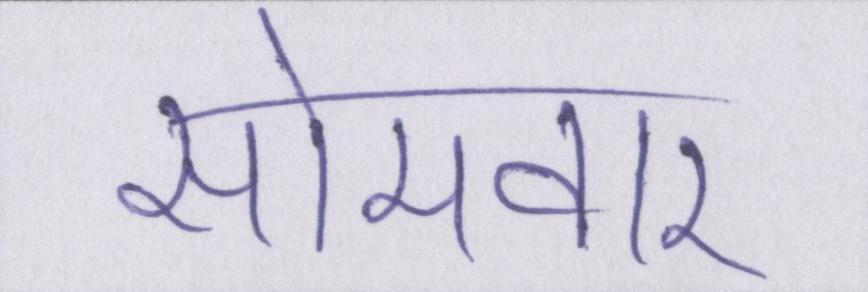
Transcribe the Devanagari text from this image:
सोमवार